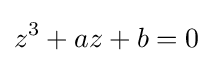
z^{3}+az+b=0